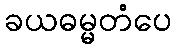
ခယဓမ္မတံပေ